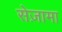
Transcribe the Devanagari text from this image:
सेज़ामा